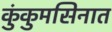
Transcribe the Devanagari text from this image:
कुंकुमसिनात